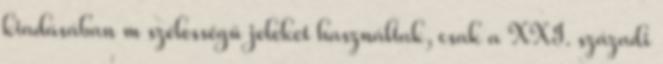
kiadásában m szélességű jeleket használtak, csak a XXI. századi